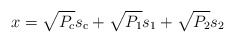
\begin{align*}x= \sqrt{P_c} s_{\mathrm{c}} + \sqrt{P_1} s_{1}+\sqrt{P_2} s_{2}\end{align*}